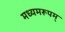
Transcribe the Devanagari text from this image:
मध्यमरूपम्